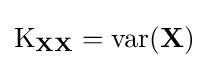
\operatorname {K} _{\mathbf {XX} }=\operatorname {var} (\mathbf {X} )